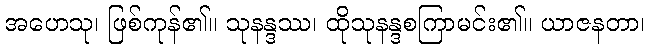
အဟေသု၊ ဖြစ်ကုန်၏။ သုနန္ဒဿ၊ ထိုသုနန္ဒစကြာမင်း၏။ ယာဇနတာ၊